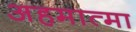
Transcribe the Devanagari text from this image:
अहमात्मा